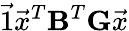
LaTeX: \vec{1}\vec{x}^{T}\mathbf{B}^{T}\mathbf{G}\vec{x}